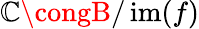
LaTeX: \mathbb{C}\congB/\operatorname{im}(f)